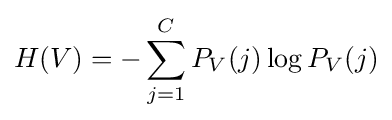
H(V)=-\sum _{j=1}^{C}P_{V}(j)\log P_{V}(j)